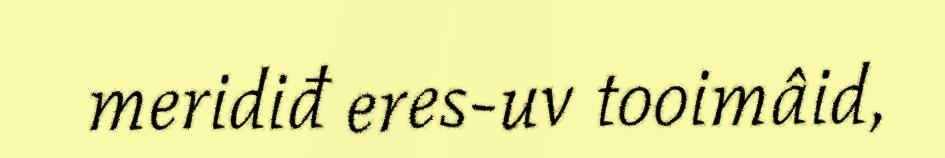
meridiđ eres-uv tooimâid,